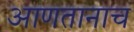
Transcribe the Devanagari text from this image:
आणतानाच